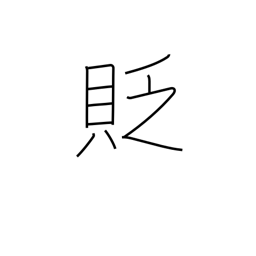
Meaning: belittle